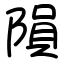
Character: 隕